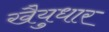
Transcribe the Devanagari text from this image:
खैयुधार